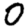
Digit: 0